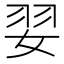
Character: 𮱂